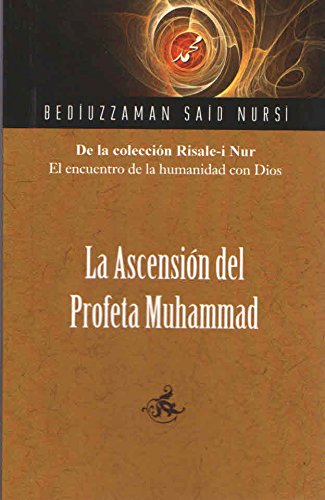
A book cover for La Ascenson Del Profeta Muhammad (Spanish) (Spanish Edition); Bediuzzaman Said Nursi; Religion & Spirituality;